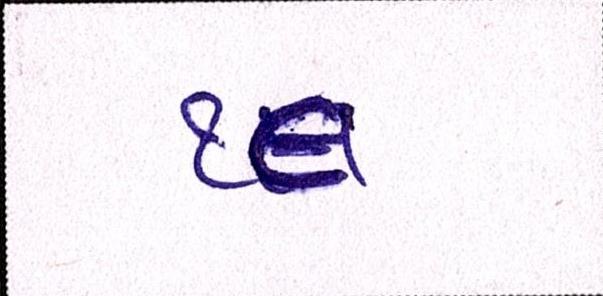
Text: ૧૯